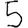
Digit: 5